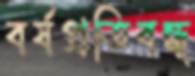
বর্ষপ্রতিবন্ধ